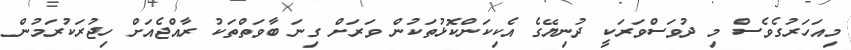
މިއަހަރުގެވެސް މި ދުވަސްވަރަކީ ދުނިޔޭގެ އެކިކަންކޮޅުތަކުން ވަރަށް ގިނަ ބާވަތްތަކު ރާއްޖެއަށް ހިޖުރަކުރަމުން